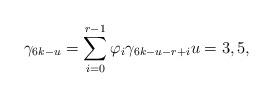
LaTeX: \begin{align*}\gamma_{6k-u}=\sum_{i=0}^{r-1} \varphi_i \gamma_{6k-u-r+i}u=3,5,\end{align*}